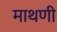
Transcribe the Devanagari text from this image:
माथणी